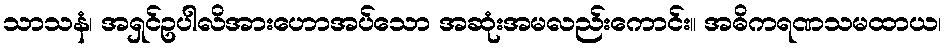
သာသနံ၊ အရှင်ဥပါလိအားဟောအပ်သော အဆုံးအမလည်းကောင်း။ အဓိကရဏသမထာယ၊